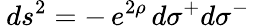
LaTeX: \: ds^{2}=-\, e^{2\rho}\, d\sigma^{+}d\sigma^{-}\: